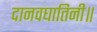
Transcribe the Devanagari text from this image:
दानवघातिनी॥